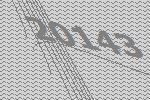
20143